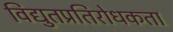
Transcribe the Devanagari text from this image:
विद्युतप्रतिरोधकता